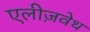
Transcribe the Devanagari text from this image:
एलीज़वेथ